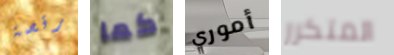
رقصة كما أموري المتكرر